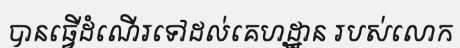
បានធ្វើដំណើរទៅដល់គេហដ្ឋាន របស់លោក